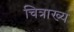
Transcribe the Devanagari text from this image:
चित्राख्य